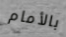
بالأمام